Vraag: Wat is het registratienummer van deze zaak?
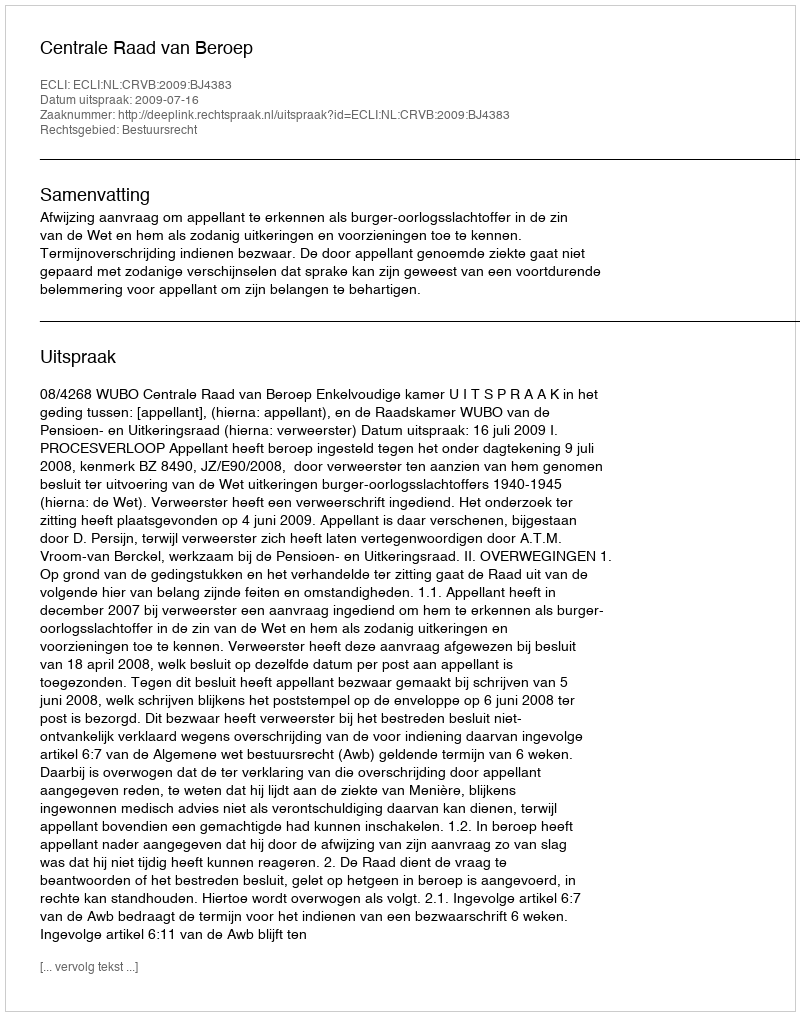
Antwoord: http://deeplink.rechtspraak.nl/uitspraak?id=ECLI:NL:CRVB:2009:BJ4383